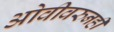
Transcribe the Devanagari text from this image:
ओवीवरुनही